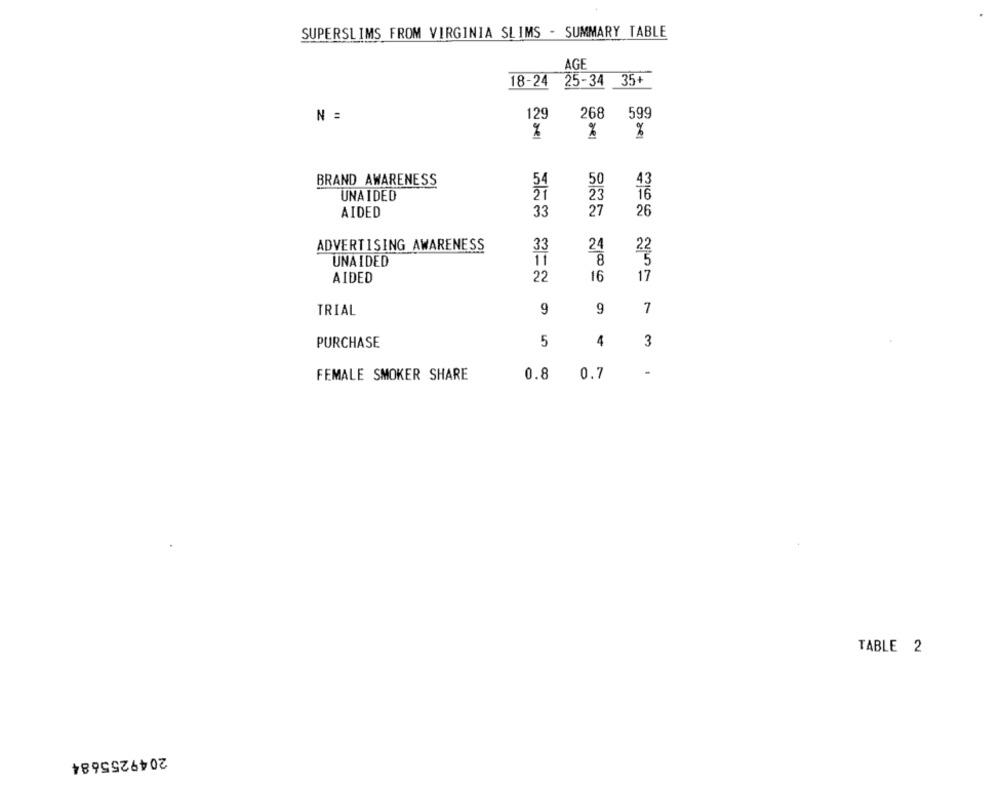
SUPERSLIMS FROM VIRGINIA SLIMS - SUMMARY TABLE
AGE
18-24
25-34
35+
N =
129
268
599
%
%
BRAND AWARENESS
43
54
50
UNAIDED
21
23
16
33
27
26
AIDED
ADVERTISING AWARENESS
33
24
UNAIDED
11
8
AIDED
22
16
17
TRIAL
9
9
7
PURCHASE
5
4
3
FEMALE SMOKER SHARE
0.8
0.7
-
TABLE 2
2049255684